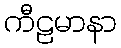
ကီဠမာနာ